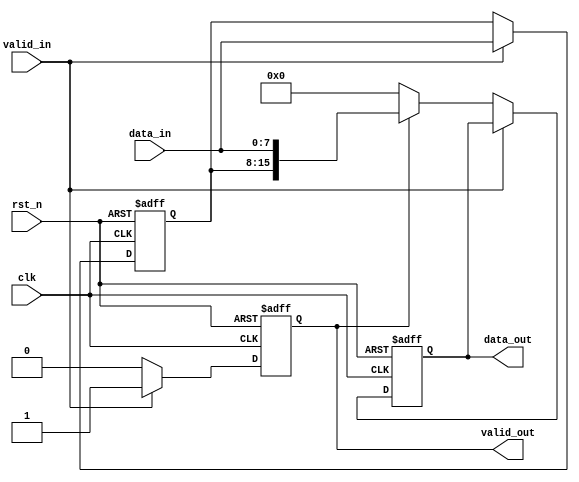
module width_8to16 (
  input clk,
  input rst_n,
  input valid_in,
  input [7:0] data_in,
  output reg valid_out,
  output reg [15:0] data_out
);

  reg [7:0] data_lock;

  always @(posedge clk or negedge rst_n) begin
    if (~rst_n) begin
      data_out <= 16'b0;
      data_lock <= 8'b0;
      valid_out <= 1'b0;
    end else begin
      if (valid_in) begin
        data_lock <= data_in;
        valid_out <= 1'b0;
      end else if (valid_out) begin
        data_out <= {data_lock, data_in};
        valid_out <= 1'b0;
      end else begin
        data_out <= 16'b0;
        valid_out <= 1'b0;
      end

      if (valid_in)
        valid_out <= 1'b1;
    end
  end

endmodule